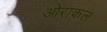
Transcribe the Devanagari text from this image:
ओराकल